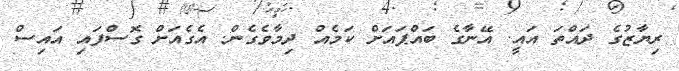
ރިޔާޒުގެ ދައްތަ އައީ. އޭނާގެ ބައްޕައަށް ކަމެއް ދިމާވެގެން. އެގެއަށް ގޮސްފައި އައިސް